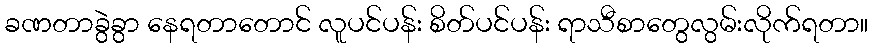
ခဏတာခွဲခွာ နေရတာတောင် လူပင်ပန်း စိတ်ပင်ပန်း ရာသီစာတွေလွမ်းလိုက်ရတာ။